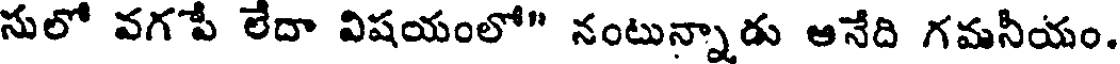
సులో వగపే లేదా విషయంలో" నంటున్నాడు ఆనేది గమనీయం.